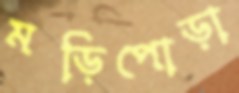
মড়িপোড়া